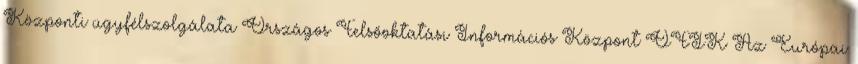
Központi ügyfélszolgálata Országos Felsőoktatási Információs Központ OFIK Az Európai